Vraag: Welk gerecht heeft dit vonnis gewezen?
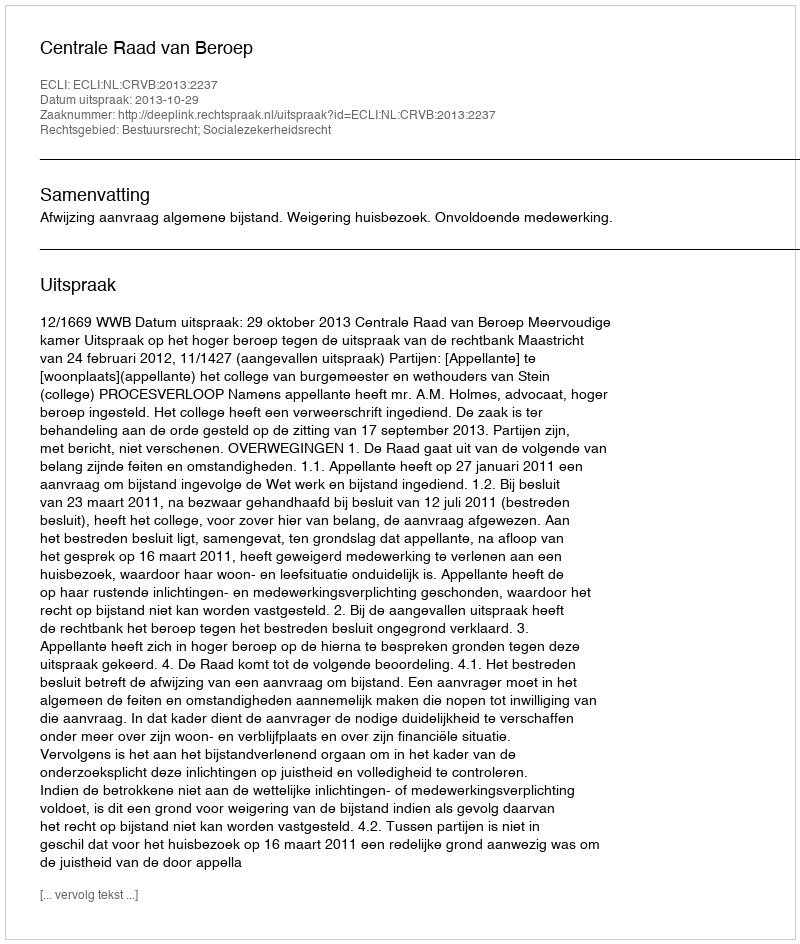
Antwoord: Centrale Raad van Beroep